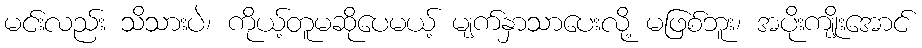
မင်းလည်း သိသားပဲ၊ ကိုယ့်တူမဆိုပေမယ့် မျက်နှာသာပေးလို့ မဖြစ်ဘူး၊ အပိုးကျိုးအောင်